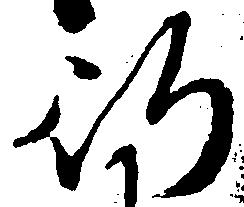
行